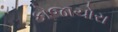
કોજાચોરા